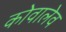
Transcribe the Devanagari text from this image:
कोवालेव